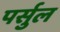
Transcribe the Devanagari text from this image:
पर्सुल